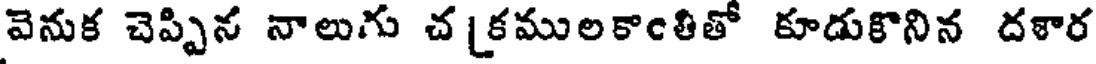
వెనుక చెప్పిన నాలుగు చ [కములకాంతితో కూడుకొనిన దళార